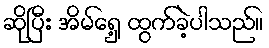
ဆိုပြီး အိမ်ရှေ့ ထွက်ခဲ့ပါသည်။